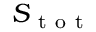
S _ { \mathrm { ~ t ~ o ~ t ~ } }